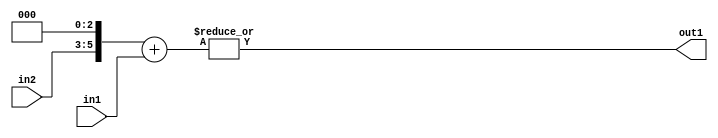
`timescale 1ps / 1ps
/*****************************************************************************
    Verilog RTL Description
    
    
    Created by: Stratus DpOpt 21.05.01 
*******************************************************************************/

module dut_AnyAdd2u6Cati0u3_4 (
	in2,
	in1,
	out1
	); /* architecture "behavioural" */ 
input [2:0] in2;
input [5:0] in1;
output  out1;
wire  asc001;
wire [5:0] asc002,
	asc003;

assign asc003 = {in2,3'B000};

assign asc002 = 
	+(asc003)
	+(in1);

assign asc001 = 
	(|asc002);

assign out1 = asc001;
endmodule

/* CADENCE  ubj2Twk= : u9/ySxbfrwZIxEzHVQQV8Q== ** DO NOT EDIT THIS LINE ******/